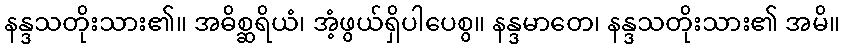
နန္ဒသတိုးသား၏။ အဓိစ္ဆရိယံ၊ အံ့ဖွယ်ရှိပါပေစွ။ နန္ဒမာတေ၊ နန္ဒသတိုးသား၏ အမိ။